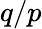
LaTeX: q/p